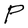
Character: P